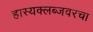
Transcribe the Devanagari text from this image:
हास्यक्लब्जवरचा